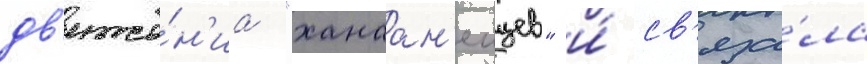
дв'иже́н'иа "ханаан'еицев" и́ св'яза́ла